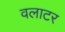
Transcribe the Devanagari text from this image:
वलाटर